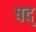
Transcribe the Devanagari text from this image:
षद्